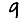
Digit: 9